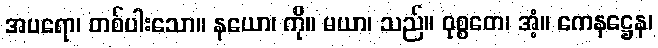
အပရော၊ တစ်ပါးသော။ နယော၊ ကို။ မယာ၊ သည်။ ဝုစ္စတေ၊ အံ့။ ကေနဋ္ဌေန၊